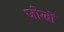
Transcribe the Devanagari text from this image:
जोखों